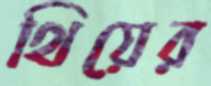
থিয়ের